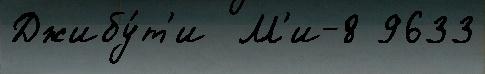
Джибу́т'и  М'и-8 9633